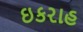
ઇકરાહ